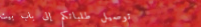
توصيل طلباتكم إلى باب بيت